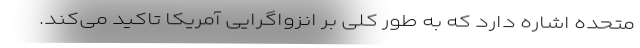
متحده اشاره دارد که به طور کلی بر انزواگرایی آمریکا تاکید می‌کند.